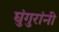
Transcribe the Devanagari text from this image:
घुंगुरांनी